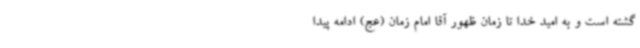
گشته است و به امید خدا تا زمان ظهور آقا امام زمان (عج) ادامه پیدا